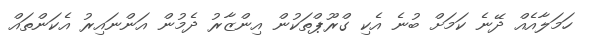
ހަމަލާއެއް ދޭނެ ކަމަށް ބުނެ އެކި ގްރޫޕްތަކުން އިންޒާރު ދެމުން އަންނައިރު އެކަންތައް